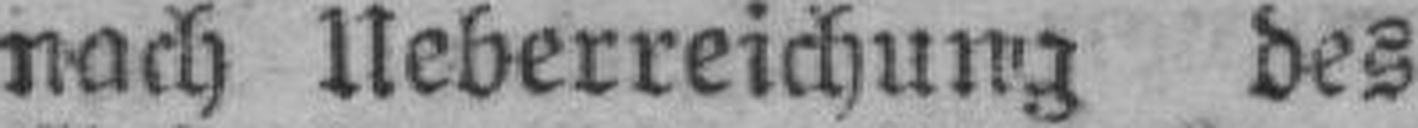
nach Ueberreichung des